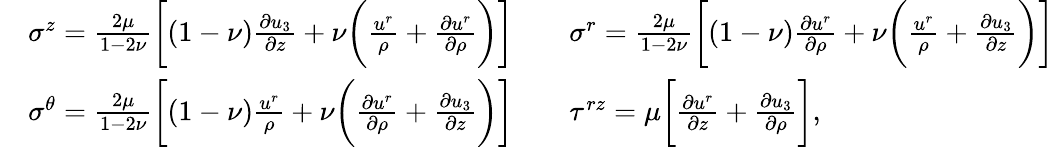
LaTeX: \begin{array}{rl}&{\sigma^{z}=\frac{2\mu}{1-2\nu}\bigg[(1-\nu)\frac{\partial u_{3}}{\partial z}+\nu\bigg(\frac{u^{r}}{\rho}+\frac{\partial u^{r}}{\partial\rho}\bigg)\bigg]\qquad\sigma^{r}=\frac{2\mu}{1-2\nu}\bigg[(1-\nu)\frac{\partial u^{r}}{\partial\rho}+\nu\bigg(\frac{u^{r}}{\rho}+\frac{\partial u_{3}}{\partial z}\bigg)\bigg]}\\ &{\sigma^{\theta}=\frac{2\mu}{1-2\nu}\bigg[(1-\nu)\frac{u^{r}}{\rho}+\nu\bigg(\frac{\partial u^{r}}{\partial\rho}+\frac{\partial u_{3}}{\partial z}\bigg)\bigg]\qquad\tau^{rz}=\mu\bigg[\frac{\partial u^{r}}{\partial z}+\frac{\partial u_{3}}{\partial\rho}\bigg],}\end{array}